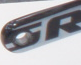
R